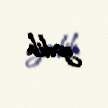
gedib.